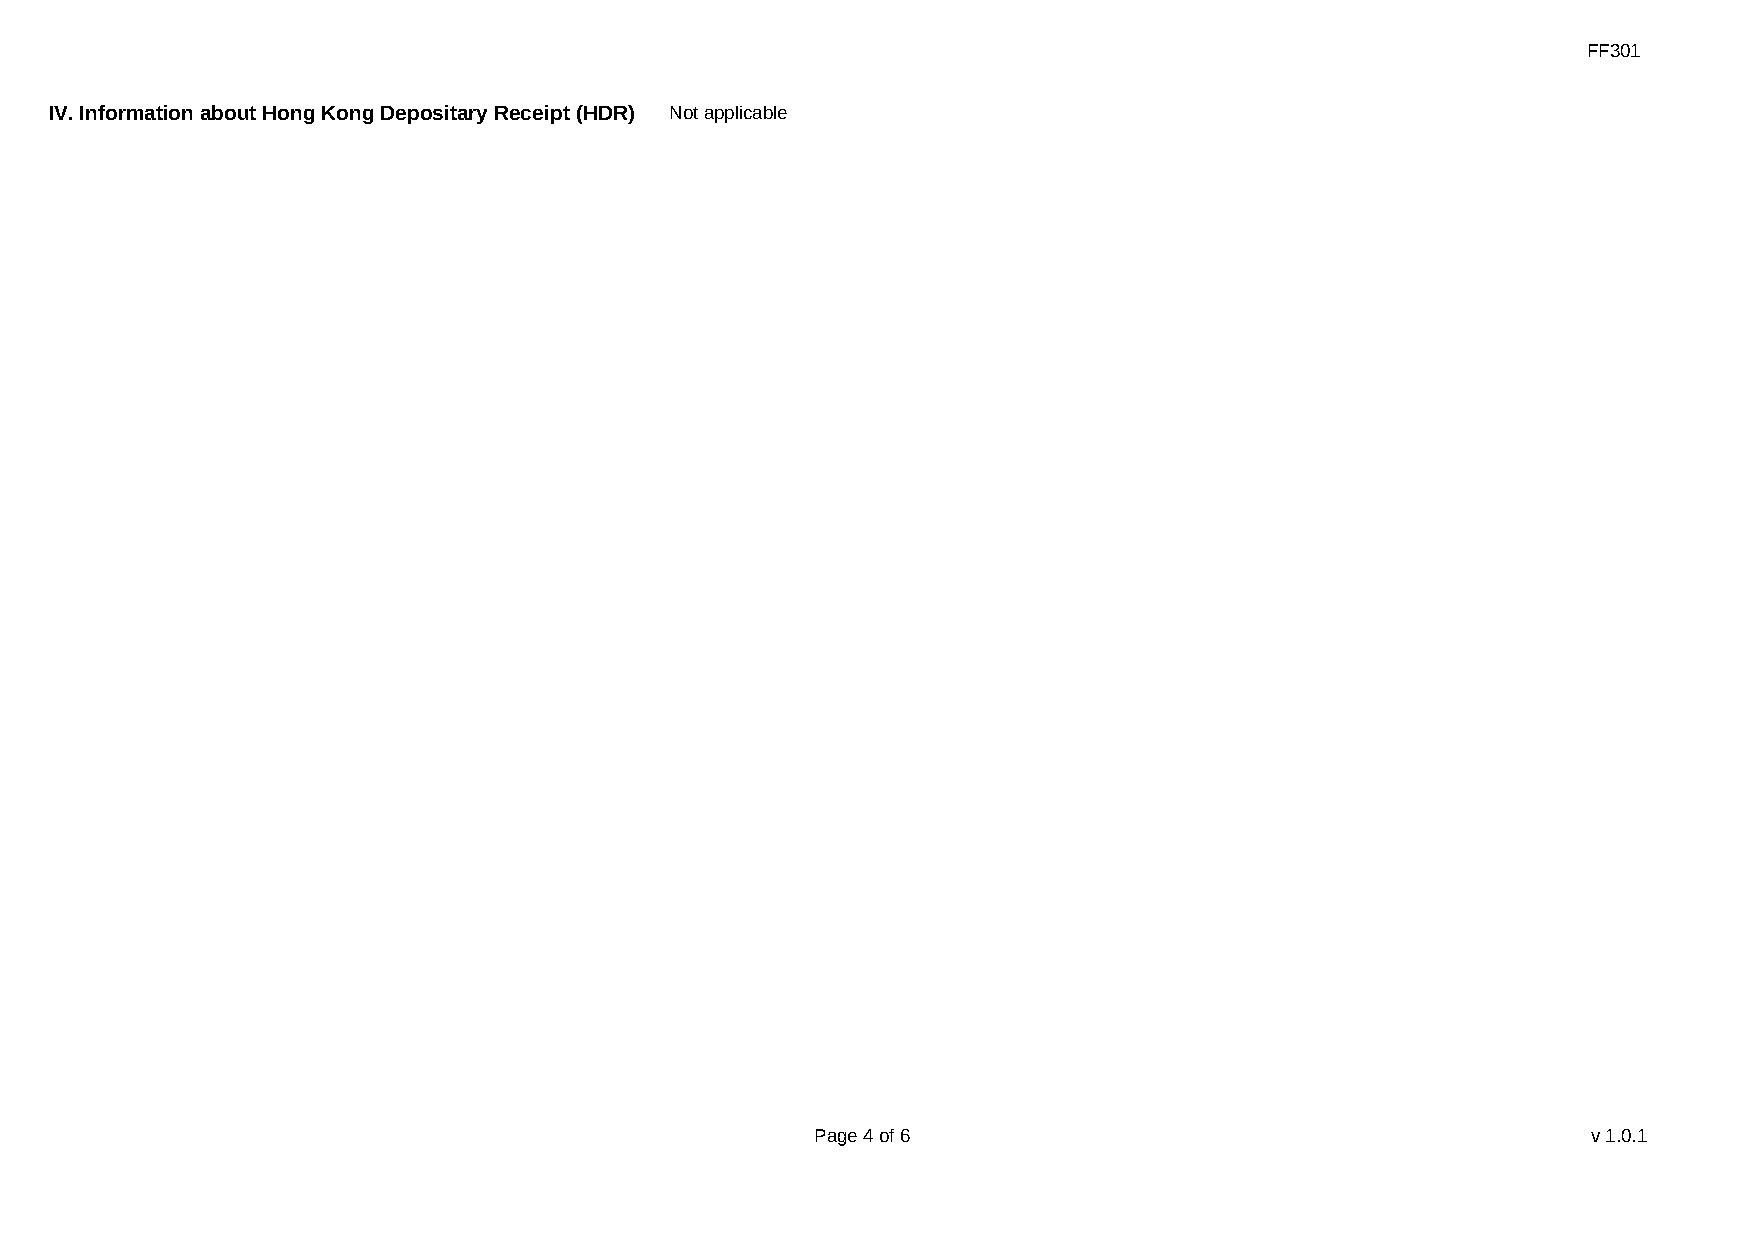
FF301
 IV. Information about Hong Kong Depositary Receipt (HDR) Not applicable
 Page 4 of 6                                        v1.0.1